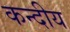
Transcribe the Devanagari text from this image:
कन्दीय